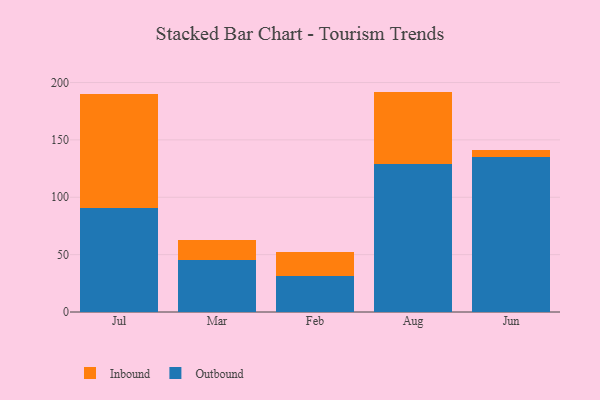
{"axis": {"x": "Month", "y": "Production Output"}, "legend": ["Inbound", "Outbound"], "data": [{"x": "Jul", "y": 90.8, "type": "Outbound"}, {"x": "Jul", "y": 99.4, "type": "Inbound"}, {"x": "Mar", "y": 45.4, "type": "Outbound"}, {"x": "Mar", "y": 17.7, "type": "Inbound"}, {"x": "Feb", "y": 31.1, "type": "Outbound"}, {"x": "Feb", "y": 20.8, "type": "Inbound"}, {"x": "Aug", "y": 129.1, "type": "Outbound"}, {"x": "Aug", "y": 63.0, "type": "Inbound"}, {"x": "Jun", "y": 134.9, "type": "Outbound"}, {"x": "Jun", "y": 6.5, "type": "Inbound"}]}